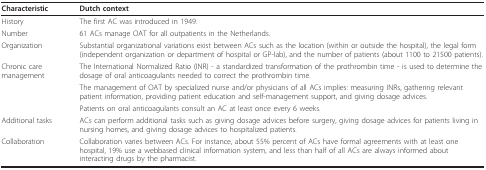
<table><thead><tr><td><b>Characteristic</b></td><td><b>Dutch context</b></td></tr></thead><tbody><tr><td>History</td><td>The first AC was introduced in 1949.</td></tr><tr><td>Number</td><td>61 ACs manage OAT for all outpatients in the Netherlands.</td></tr><tr><td>Organization</td><td>Substantial organizational variations exist between ACs such as the location (within or outside the hospital), the legal form (independent organization or department of hospital or GP-lab), and the number of patients (about 1100 to 21500 patients).</td></tr><tr><td>Chronic care management</td><td>The International Normalized Ratio (INR) - a standardized transformation of the prothrombin time - is used to determine the dosage of oral anticoagulants needed to correct the prothrombin time.</td></tr><tr><td></td><td>The management of OAT by specialized nurse and/or physicians of all ACs implies: measuring INRs, gathering relevant patient information, providing patient education and self-management support, and giving dosage advices.</td></tr><tr><td></td><td>Patients on oral anticoagulants consult an AC at least once every 6 weeks.</td></tr><tr><td>Additional tasks</td><td>ACs can perform additional tasks such as giving dosage advices before surgery, giving dosage advices for patients living in nursing homes, and giving dosage advices to hospitalized patients.</td></tr><tr><td>Collaboration</td><td>Collaboration varies between ACs. For instance, about 55% percent of ACs have formal agreements with at least one hospital, 19% use a webbased clinical information system, and less than half of all ACs are always informed about interacting drugs by the pharmacist.</td></tr></tbody></table>